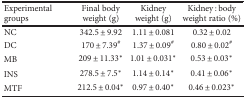
| Experimental groups | Final body weight (g) | Kidney weight (g) | Kidney : body weight ratio (%) |
 | --- | --- | --- | --- |
 | NC | 342.5 ± 9.92 | 1.11 ± 0.081 | 0.32 ± 0.02 |
 | DC | 170 ± 7.39# | 1.37 ± 0.09# | 0.80 ± 0.02# |
 | MB | 209 ± 11.33∗ | 1.01 ± 0.031∗ | 0.53 ± 0.03∗ |
 | INS | 278.5 ± 7.5∗ | 1.14 ± 0.14∗ | 0.41 ± 0.06∗ |
 | MTF | 212.5 ± 0.04∗ | 0.97 ± 0.40∗ | 0.46 ± 0.023∗ |